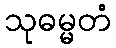
သုဓမ္မတံ